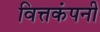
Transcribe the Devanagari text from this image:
वित्तकंपनी